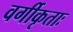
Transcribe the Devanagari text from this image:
वर्गीकृताः